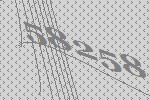
58258